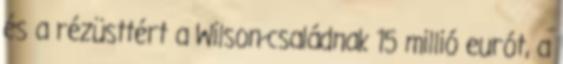
és a rézüsttért a Wilson-családnak 15 millió eurót, a